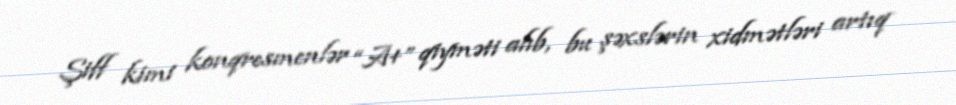
Şiff kimi konqresmenlər “A+” qiyməti alıb, bu şəxslərin xidmətləri artıq